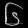
Digit: ၆